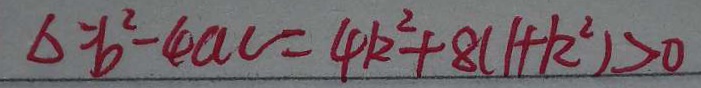
\Delta = b ^ { 2 } - 4 a c = 4 k ^ { 2 } + 8 ( 1 + k ^ { 2 } ) > 0